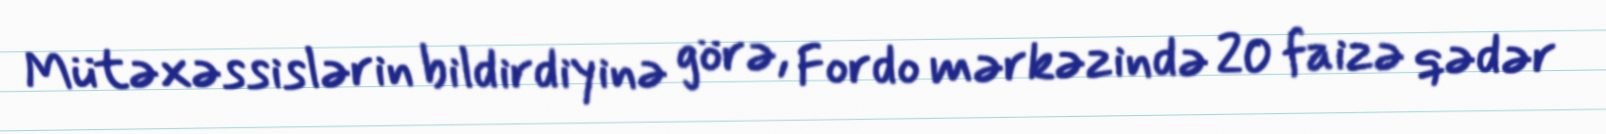
Mütəxəssislərin bildirdiyinə görə, Fordo mərkəzində 20 faizə qədər